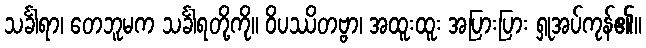
သင်္ခါရာ၊ တေဘူမက သင်္ခါရတို့ကို။ ဝိပဿိတဗ္ဗာ၊ အထူးထူး အပြားပြား ရှုအပ်ကုန်၏။